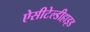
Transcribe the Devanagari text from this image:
ऐसीटेल्डीहाइड